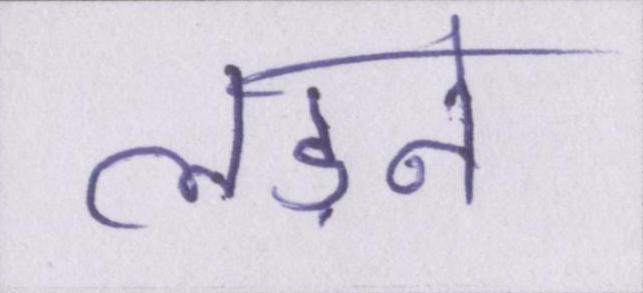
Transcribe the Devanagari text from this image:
लड़ने